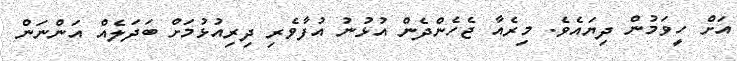
އަށް ހީވަމުން ދިޔައެވެ. މިރެއާ ޖެހެންދެން އުޅުނު އުފާވެރި ދިރިއުޅުމަށް ބަދަލެއް އަންނަން